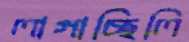
লাগাচ্ছিলি